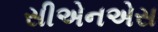
સીએનએસ